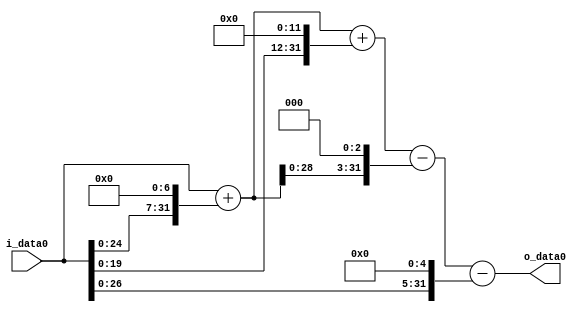
module multiplier_block (
    i_data0,
    o_data0
);

  // Port mode declarations:
  input   [31:0] i_data0;
  output  [31:0]
    o_data0;

  //Multipliers:

  wire [31:0]
    w1,
    w128,
    w129,
    w4096,
    w4225,
    w1032,
    w3193,
    w32,
    w3161;

  assign w1 = i_data0;
  assign w1032 = w129 << 3;
  assign w128 = w1 << 7;
  assign w129 = w1 + w128;
  assign w3161 = w3193 - w32;
  assign w3193 = w4225 - w1032;
  assign w32 = w1 << 5;
  assign w4096 = w1 << 12;
  assign w4225 = w129 + w4096;

  assign o_data0 = w3161;

  //multiplier_block area estimate = 7268.18394666324;
endmodule